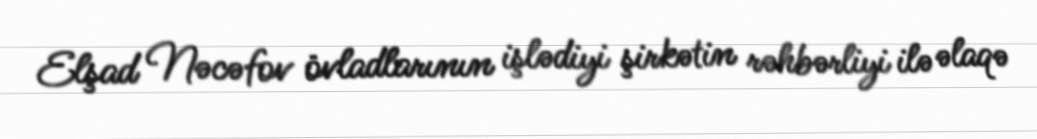
Elşad Nəcəfov övladlarının işlədiyi şirkətin rəhbərliyi ilə əlaqə